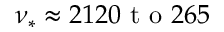
\nu _ { * } \approx 2 1 2 0 \mathrm { ~ t ~ o ~ } 2 6 5